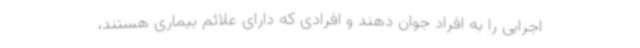
اجرایی را به افراد جوان دهند و افرادی که دارای علائم بیماری هستند،